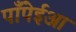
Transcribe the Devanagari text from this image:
पाँपेईआ